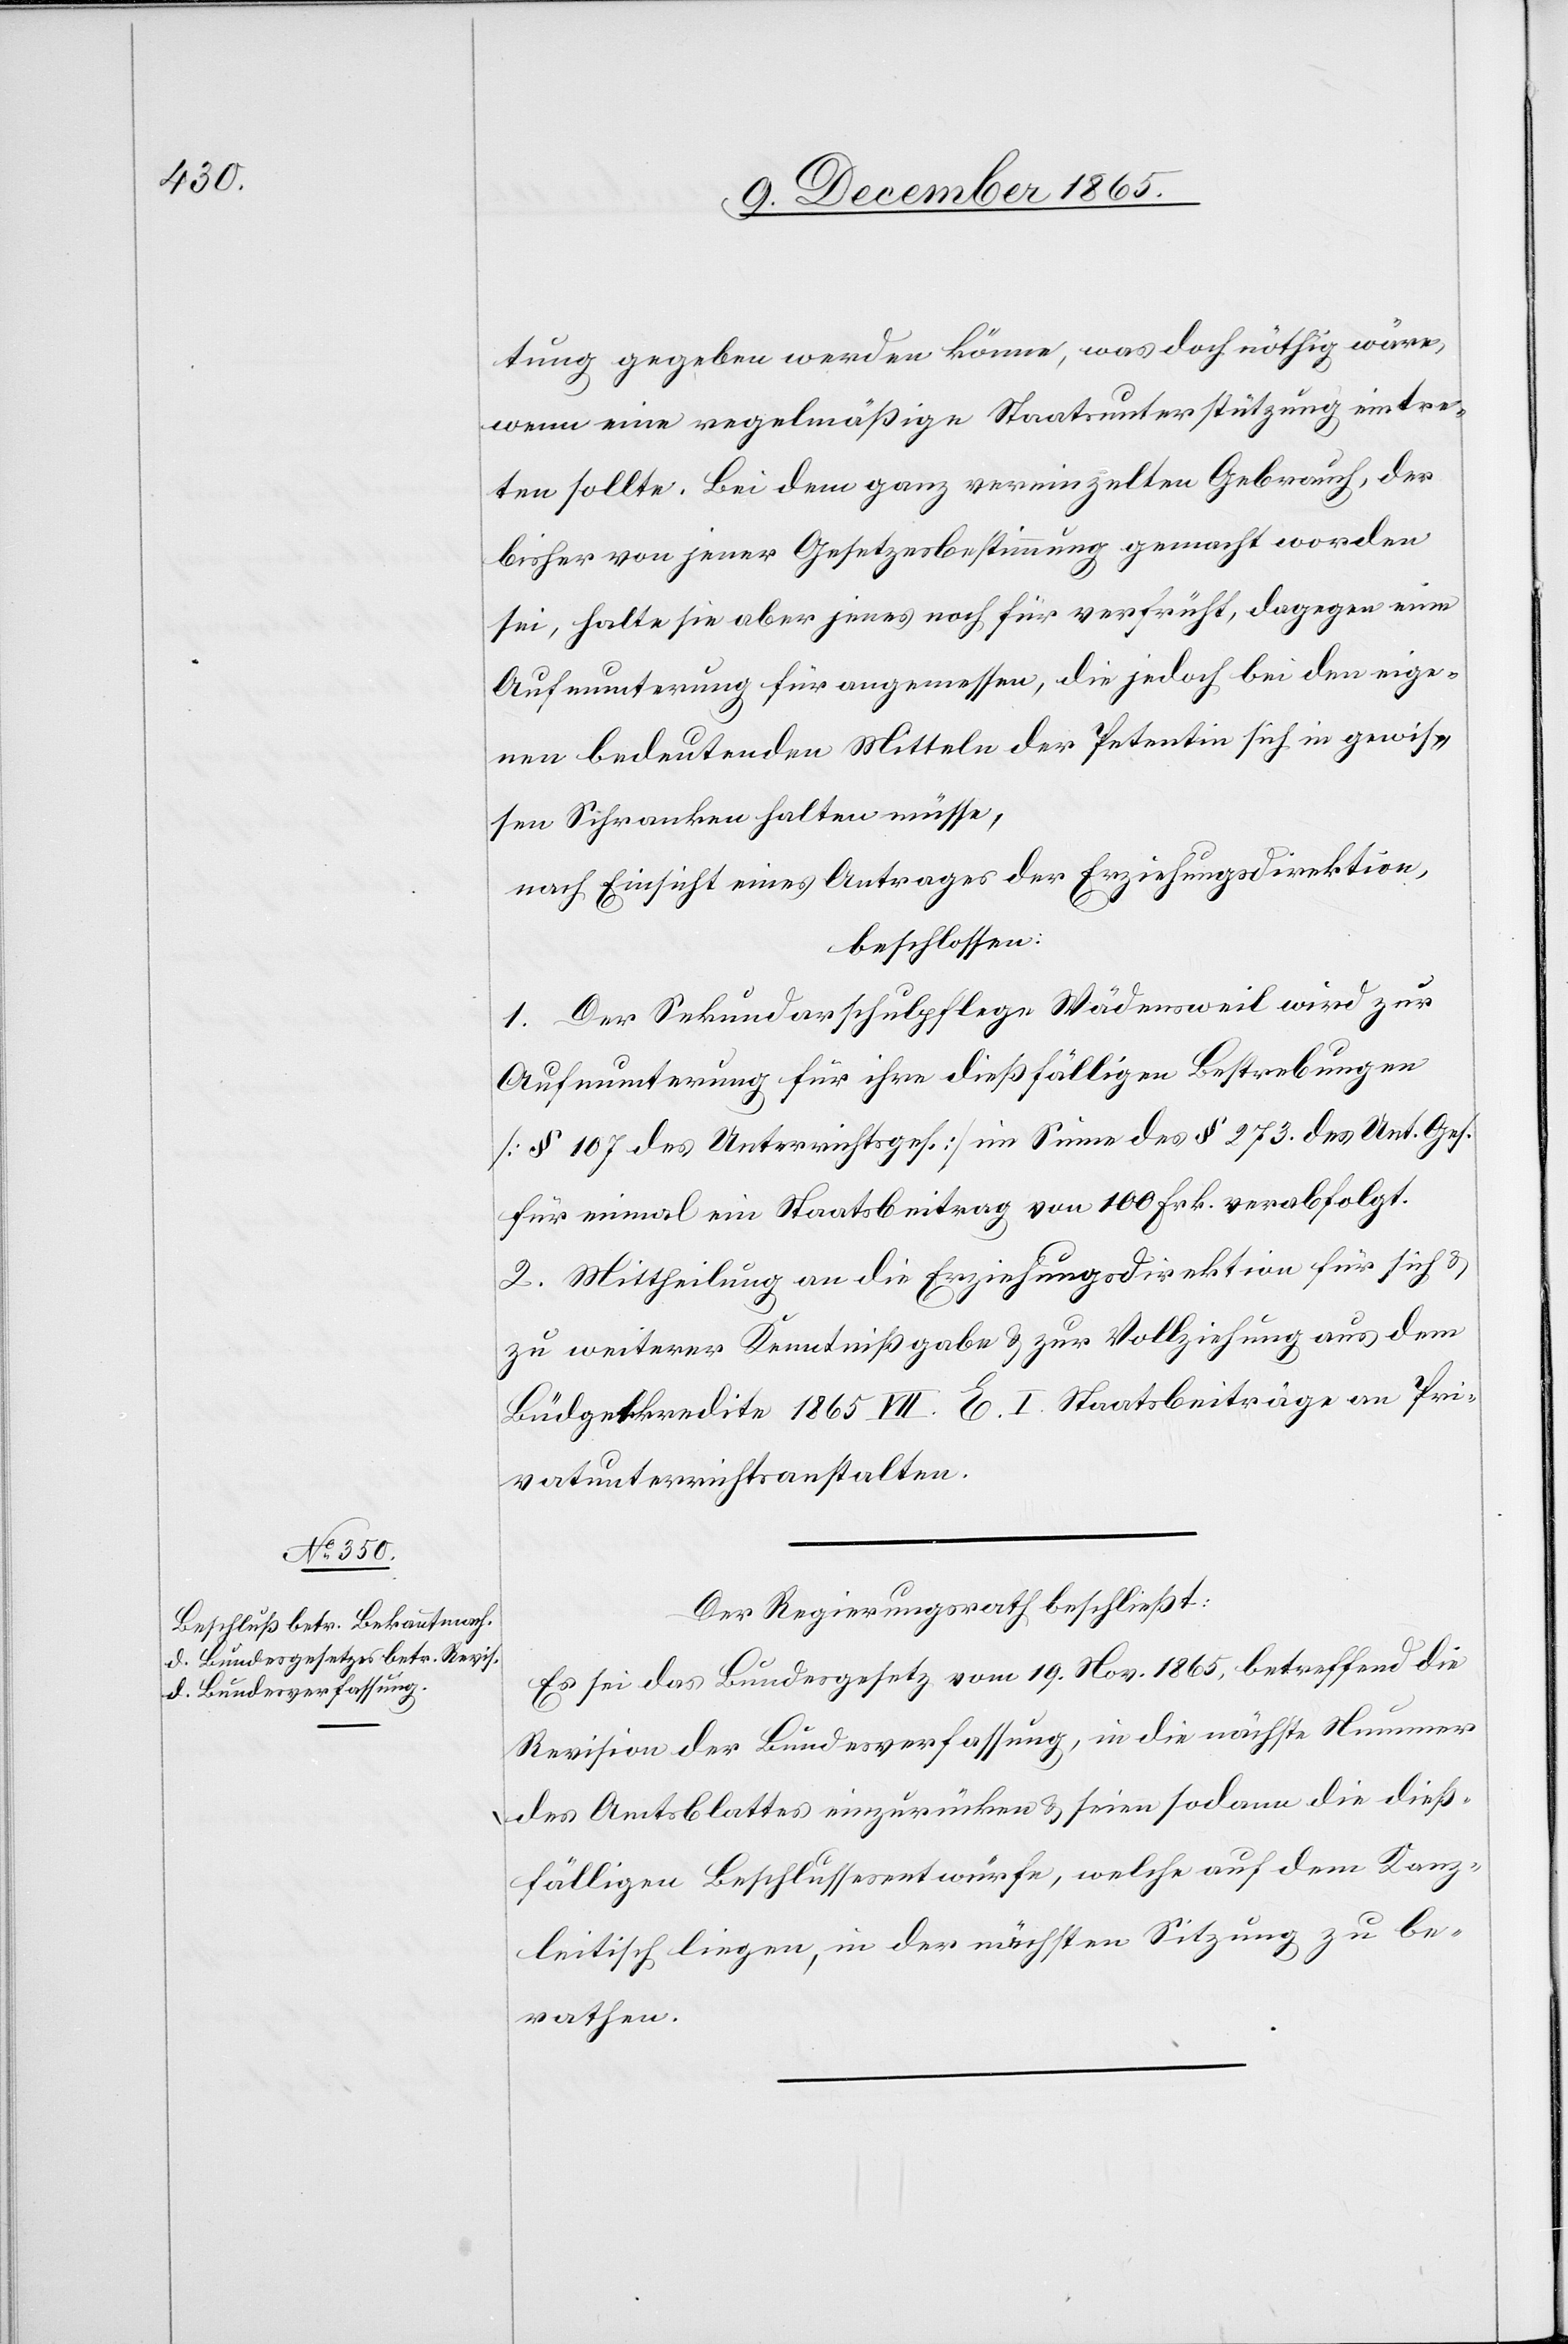
tung gegeben werden könne, was doch nöthig wäre,
wenn eine regelmäßige Staatsunterstützung eintre¬
ten sollte. Bei dem ganz vereinzelten Gebrauch, der
bisher von jener Gesetzesbestimmung gemacht worden
sei, halte sie aber jenes doch für verfrüht, dagegen eine
Aufmunterung für angemessen, die jedoch bei den eige¬
nen bedeutenden Mitteln der Petentin sich in gewis¬
sen Schranken halten müsse,
nach Einsicht eines Antrages der Erziehungsdirektion,
beschlossen:
1. Der Sekundarschulpflege Wädensweil wird zur
Aufmunterung für ihre dießfälligen Bestrebungen
[§ 107 des Unterrichtsges.] im Sinne des § 273 des Unt. Ges.
für einmal ein Staatsbeitrag von 100 Frk. verabfolgt.
2. Mittheilung an die Erziehungsdirektion für sich &
zu weiterer Kenntnißgabe & zur Vollziehung aus dem
Büdgetkredite 1865 VII. E. I. Staatsbeiträge an Pri¬
vatunterrichtsanstalten.
Der Regierungsrath beschließt:
Es sei das Bundesgesetz vom 19. Nov. 1865, betreffend die
Revision der Bundesverfassung, in die nächste Nummer
des Amtsblattes einzurücken & seien sodann die dieß¬
fälligen Beschlussesentwürfe, welche auf dem Kanz¬
leitisch liegen, in der nächsten Sitzung zu be¬
rathen.